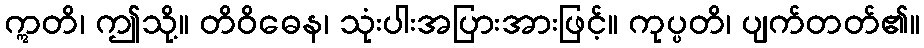
ဣတိ၊ ဤသို့။ တိဝိဓေန၊ သုံးပါးအပြားအားဖြင့်။ ကုပ္ပတိ၊ ပျက်တတ်၏။